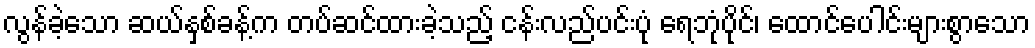
လွန်ခဲ့သော ဆယ်နှစ်ခန့်က တပ်ဆင်ထားခဲ့သည့် ငန်းလည်ပင်းပုံ ရေဘုံပိုင်၊ ထောင်ပေါင်းများစွာသော